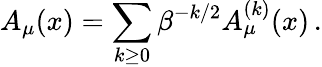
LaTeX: A_{\mu}(x)=\sum_{k\ge 0}\beta^{-k/2}A_{\mu}^{(k)}(x)\, .